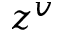
z ^ { v }